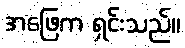
အဖြေက ရှင်းသည်။